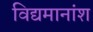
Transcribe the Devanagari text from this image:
विद्यमानांश